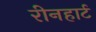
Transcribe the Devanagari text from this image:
रीनहार्ट